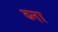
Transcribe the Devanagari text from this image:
ब्ना